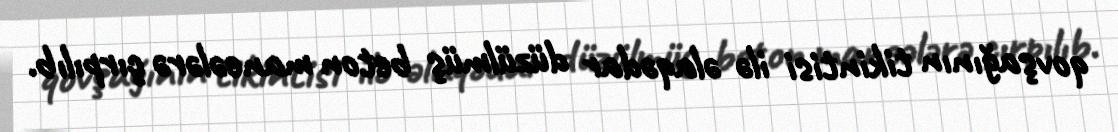
qovşağının tikintisi ilə əlaqədar düzülmüş beton maneələrə çırpılıb.